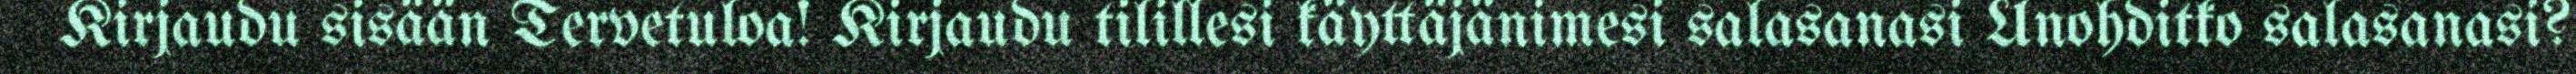
Kirjaudu sisään Tervetuloa! Kirjaudu tilillesi käyttäjänimesi salasanasi Unohditko salasanasi?